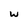
Character: w